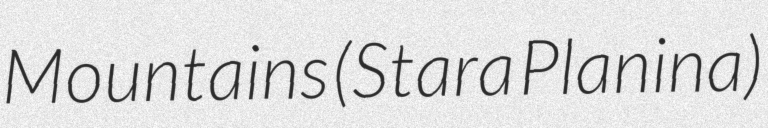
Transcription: Mountains (Stara Planina)